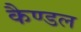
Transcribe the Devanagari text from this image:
कैण्डल